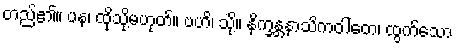
တည်၏။ ပန၊ ထိုသို့မဟုတ်။ ဗဟိ၊ သို့။ နိက္ခန္တနာသိကဝါတေ၊ ထွက်သော